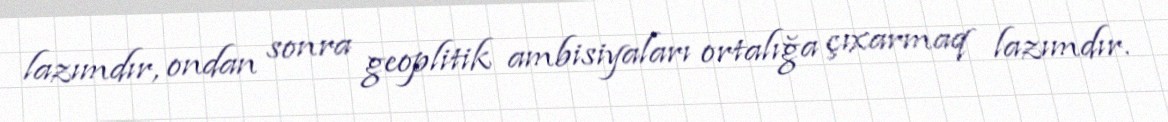
lazımdır, ondan sonra geoplitik ambisiyaları ortalığa çıxarmaq lazımdır.